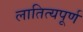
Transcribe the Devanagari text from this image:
लातित्यपूर्ण